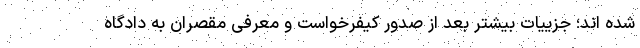
شده اند؛ جزییات بیشتر بعد از صدور کیفرخواست و معرفی مقصران به دادگاه